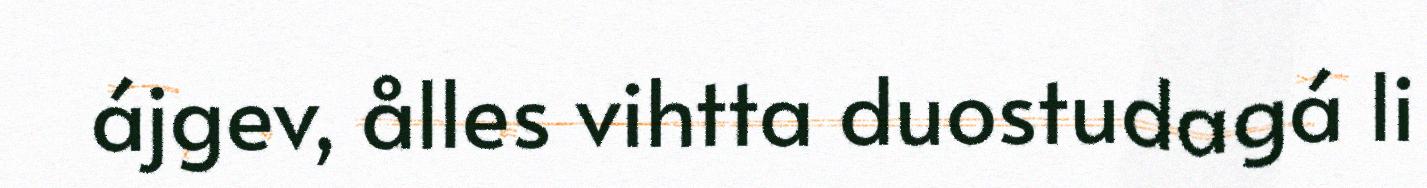
ájgev, ålles vihtta duostudagá li